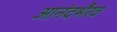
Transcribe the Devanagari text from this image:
आनंदभैरव